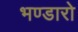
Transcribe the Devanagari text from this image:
भण्डारो